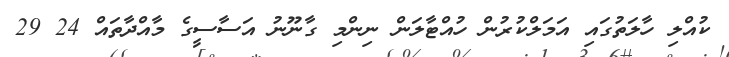
ކުއްލި ހާލަތުގައި އަމަލްކުރުން ހުއްޓާލަން ނިންމި ގާނޫނު އަސާސީގެ މާއްދާތައް 24 29